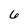
Character: 6